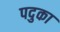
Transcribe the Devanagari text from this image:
पदुका